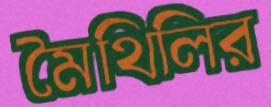
মৈথিলির